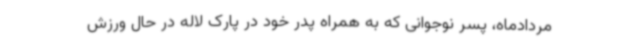
مردادماه، پسر نوجوانی که به همراه پدر خود در پارک لاله در حال ورزش